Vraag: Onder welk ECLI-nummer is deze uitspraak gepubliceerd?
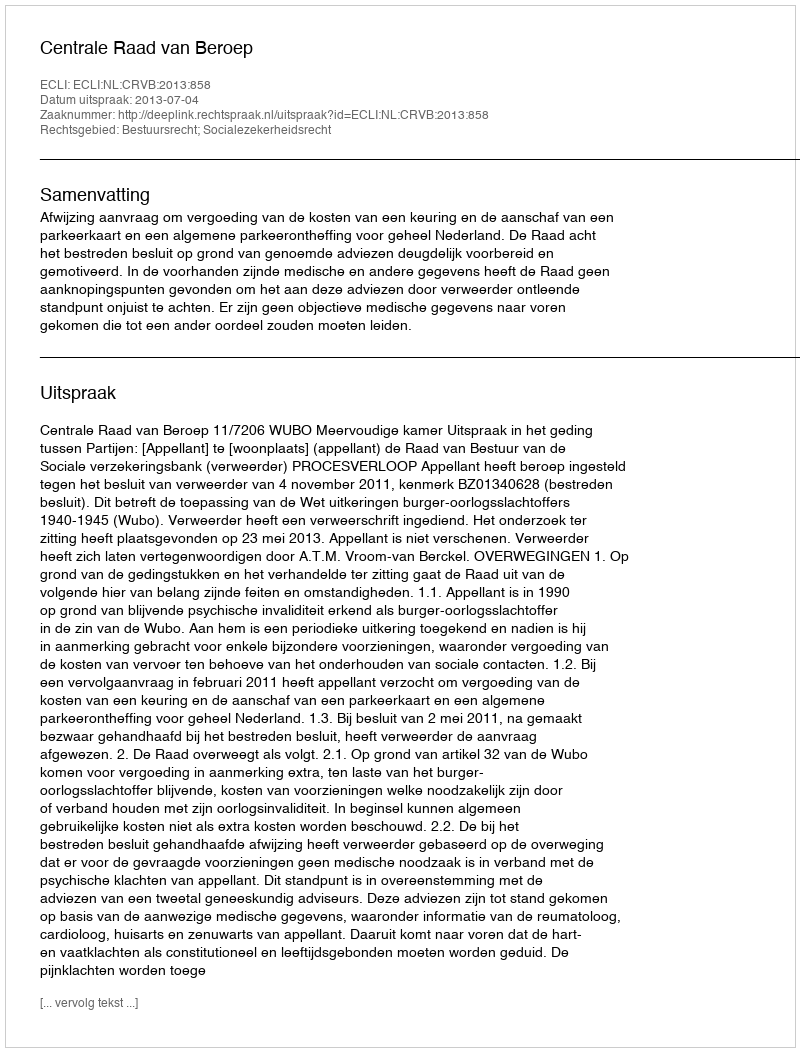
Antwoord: ECLI:NL:CRVB:2013:858